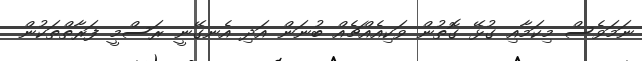
ނަމަވެސް މިކަމާއި ގުޅޭ ގޮތުން ވަކިއެއްޗެއް ބުނަން އަދި އެނގޭނީ ރަސްމީ ފަރާތްތަކުން